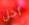
أجل